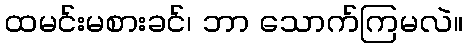
ထမင်းမစားခင်၊ ဘာ သောက်ကြမလဲ။